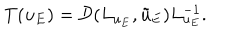
T ( u _ { E } ) = \mathcal { D } ( L _ { u _ { E } } , \tilde { u } _ { E } ) L _ { u _ { E } } ^ { - 1 } .